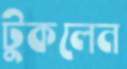
টুকলেন